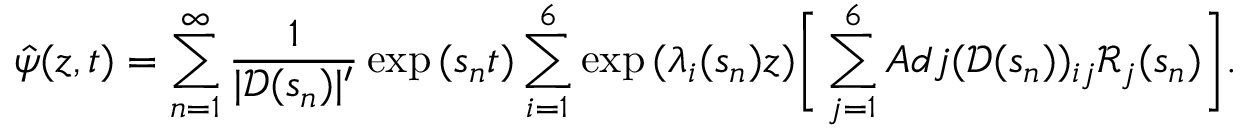
\hat { \psi } ( z , t ) = \sum _ { n = 1 } ^ { \infty } \frac { 1 } { | \mathscr { D } ( s _ { n } ) | ^ { \prime } } \exp { ( s _ { n } t ) } \sum _ { i = 1 } ^ { 6 } \exp { ( \lambda _ { i } ( s _ { n } ) z ) } \Bigg [ \sum _ { j = 1 } ^ { 6 } A d j ( \mathscr { D } ( s _ { n } ) ) _ { i j } \mathscr { R } _ { j } ( s _ { n } ) \Bigg ] .